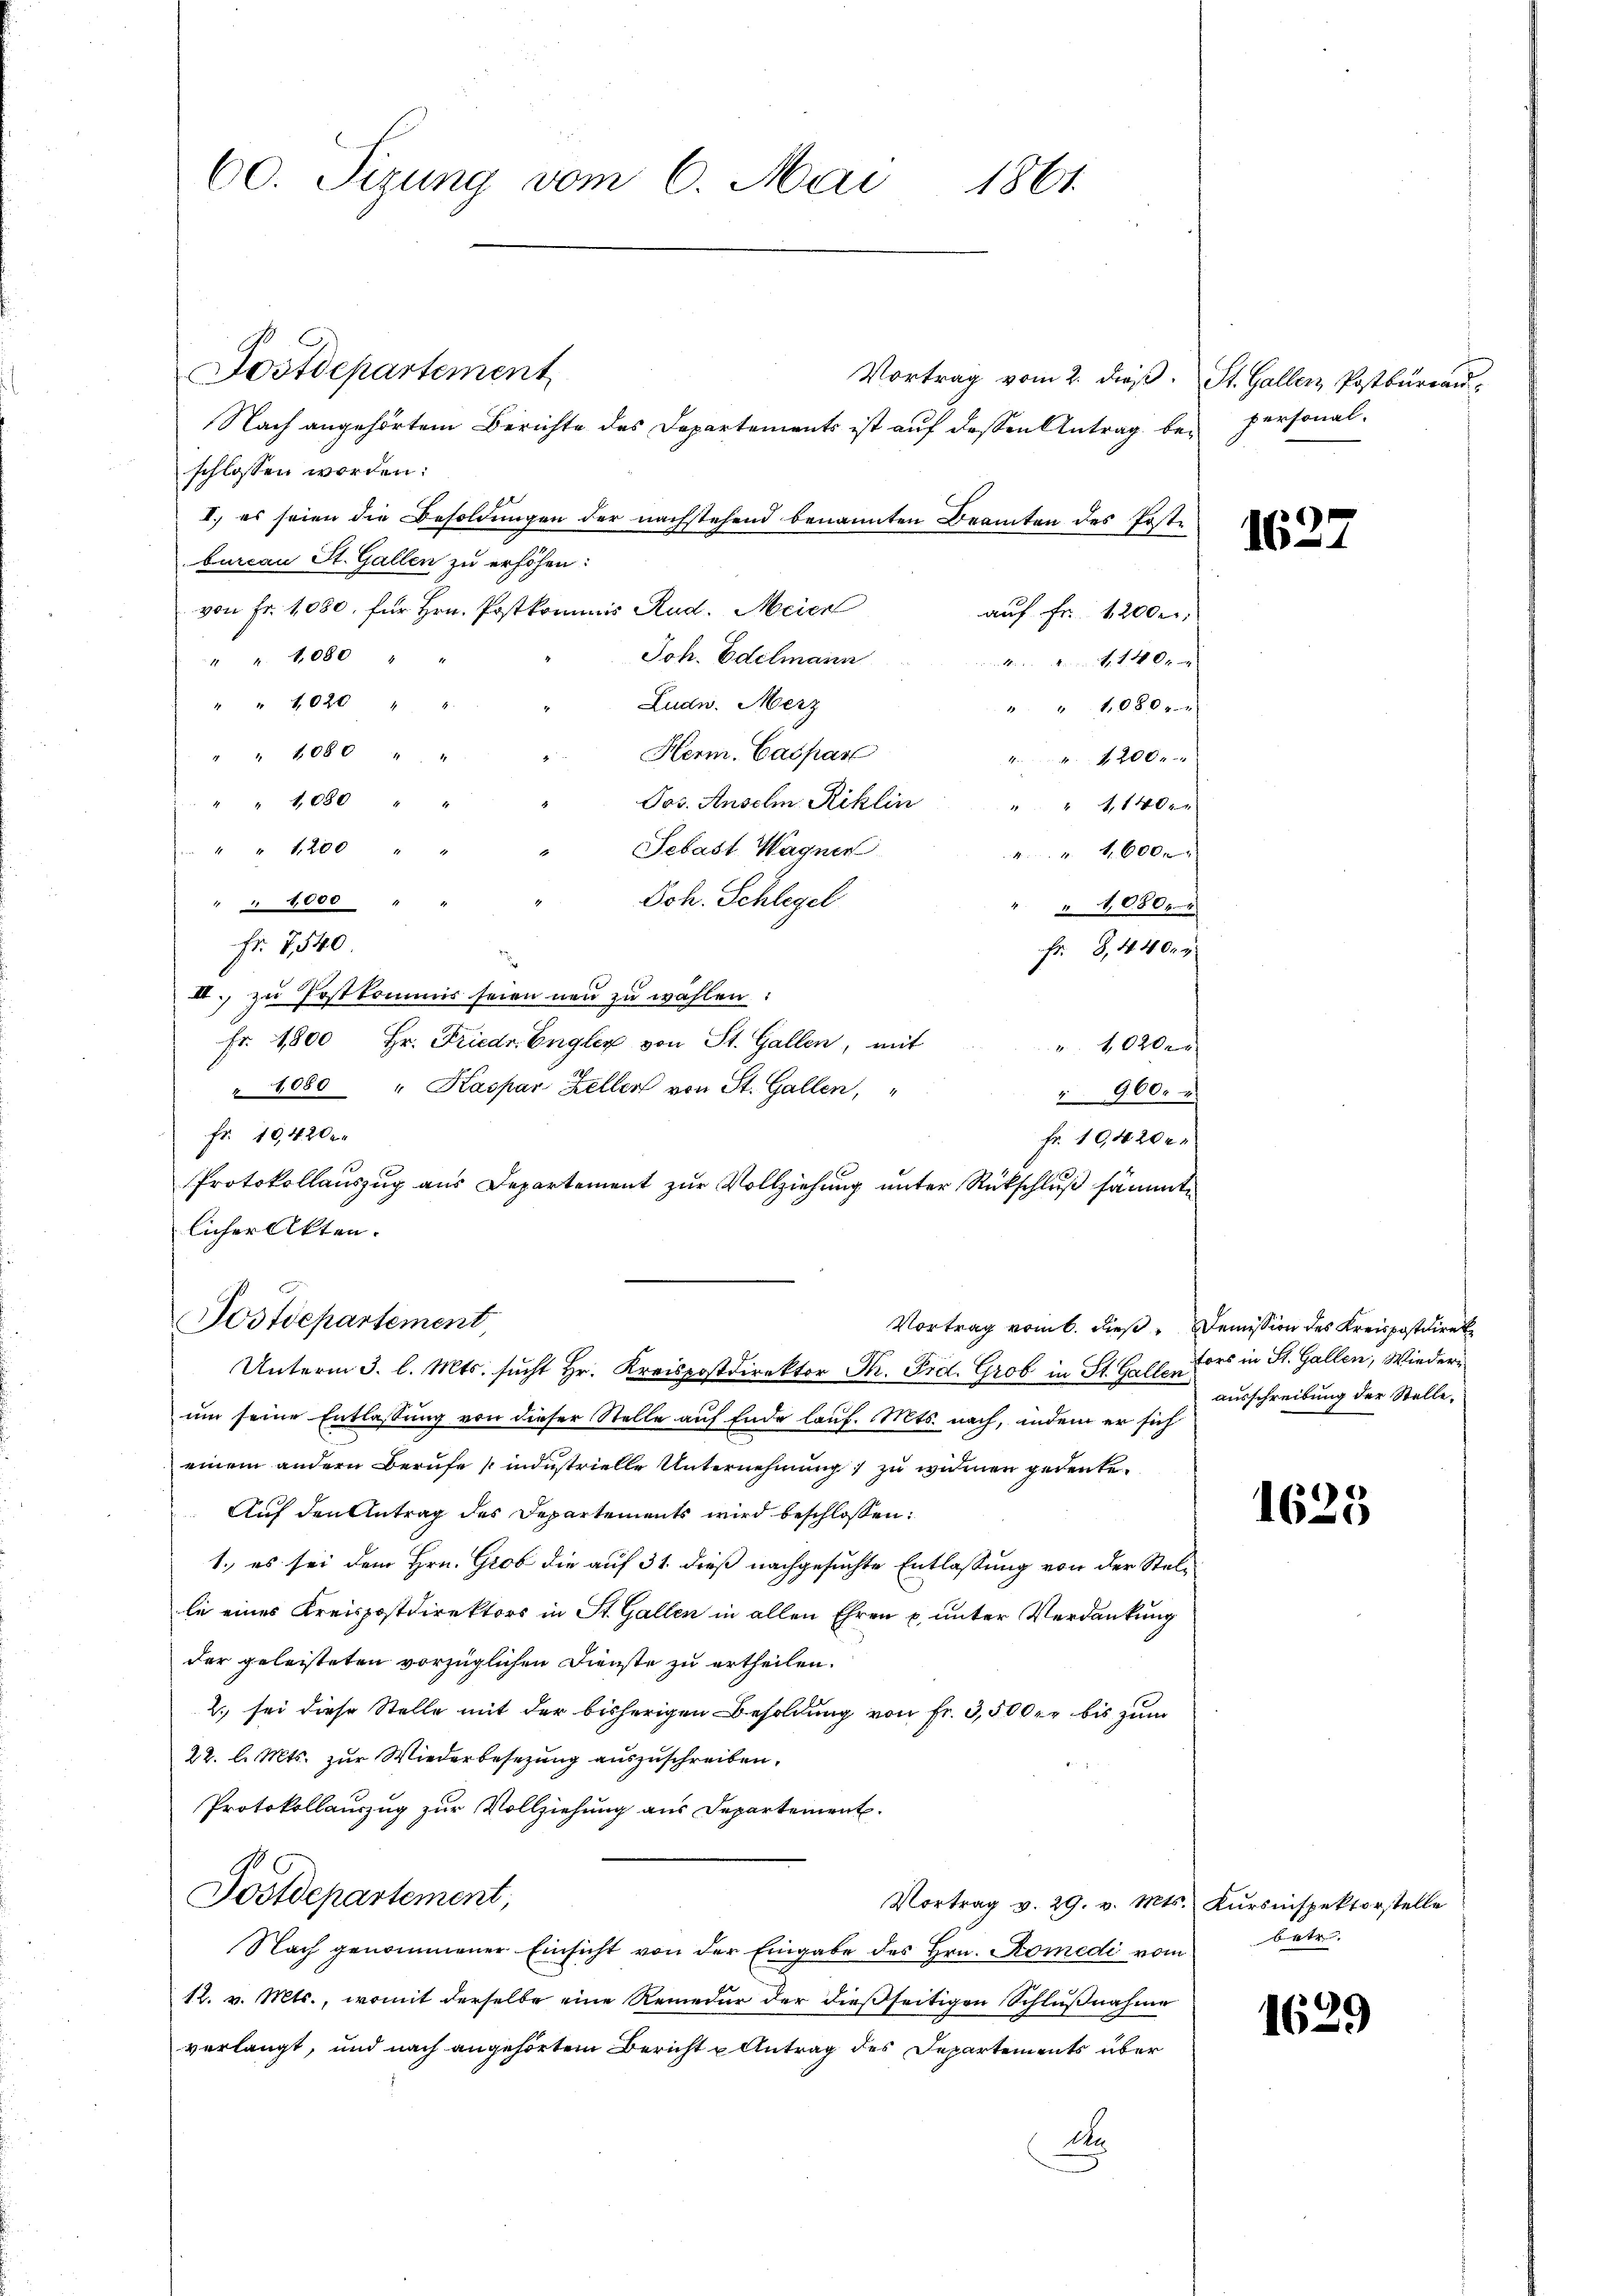
60. Sizung vom 6. Mai 1861.

Postdepartement
Vortrag vom 2. dieß. St. Gallen Postbureau
Nach angehörtem Berichte des Departements ist auf dessen Antrag bei personalschlossen worden:
2
I.) es seien die Besoldungen der nachstehend benannten Beamten des Postbureau St. Gallen zu erhöhen:
von Fr. 1080. für Hrn. Postkommis Rud. Meier
Joh. Edelmann
" " 1080 "
" " 1020 "
Ludw. Merz
" 1080 " "
Herm. Caspar
 " " 1080 "
Jos. Anselm Riklin " " 1140.
Sebast Wagner
" 1200 "
44600x
Joh. Schlegel
" 4000
" 4,08044
Fr. 7540.
Fr. 3,440.
III. zu Postkommis seien neu zu wählen:
fr. 1800 Hr. Friedr. Engler von St. Gallen, mit
 1020 x
1080 " Kaspar Zeller von St. Gallen,
900.
Fr. 10,4200
Fr. 10,4200.
Protokollauszug aus Departement zŭr Vollziehŭng ŭnter Rückschlŭβ sämmte
licher Akten.
Postdepartement,
Vortrag vom 6. dieß. Demission des Kreispostdiret
Unterm 3. l. Mts. sucht Hr. Kreispostdirektor Th. Fid. Grob in St. Galles in St. Gallen, Wiederum seine Entlassung von dieser Stelle auf Ende lauf. Mts. nach, indem er sich
einem andern Berufe (industrielle Unternehmung zu widmen gedenke.
Auf den Antrag des Departements wird beschlossen:
1. es sei dem Hrn. Grob die auf 31. dieß nachgesuchte Entlassung von der Stelli eines Kreispostdirektors in St. Gallen in allen Ehren u. unter Verdankung
der geleisteten vorzüglichen Dienste zu ertheilen.
2., sei diese Stelle mit der bisherigen Besoldung von Fr. 3,500 er bis zum
22. d. Mts. zur Wiederbesezung auszuschreiben.
Protokollauszug zur Vollziehung aus Departement.
Postdepartement,
Vortrag v. 29. v. Mts. Kursinspektorstelle
Nach genommener Einsicht von der Eingabe des Hrn. Komedi vom
12. v. Mts., womit derselbe eine Remedur der dießseitigen Schlußnahme
verlangt, und nach angehörtem Bericht u Antrag des Departements über
d

auf Fr. 1200.
übe Ant. 1 Oran
" " 1080x
4. 4200.

163.

ausschreibung der Stelle¬

1625

betr.

c
1623